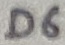
Text: D6